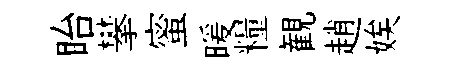
眙攀蜜暖糧観趙娭